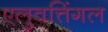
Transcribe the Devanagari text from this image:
एलुवत्तिंगल